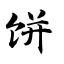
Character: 饼